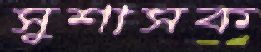
সুশাসক